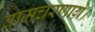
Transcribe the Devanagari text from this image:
वामचरणाग्रे।